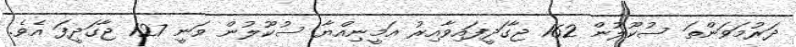
ދަރުމަވަންތަ ސުކޫލުން 162 ޖާގަދީފައިވާއިރު އަމީނިއްޔާ ސުކޫލުން ވަނީ 127 ޖާގަދީފަ އެވެ.